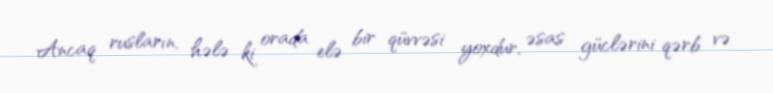
Ancaq rusların, hələ ki orada elə bir qüvvəsi yoxdur, əsas güclərini qərb və